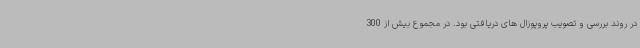
در روند بررسی و تصویب پروپوزال های دریافتی بود. در مجموع بیش از 300